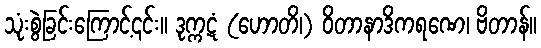
သုံးစွဲခြင်းကြောင့်၎င်း။ ဒုက္ကဋံ (ဟောတိ၊) ဝိတာနာဒိကရဏေ၊ ဗိတာန်။